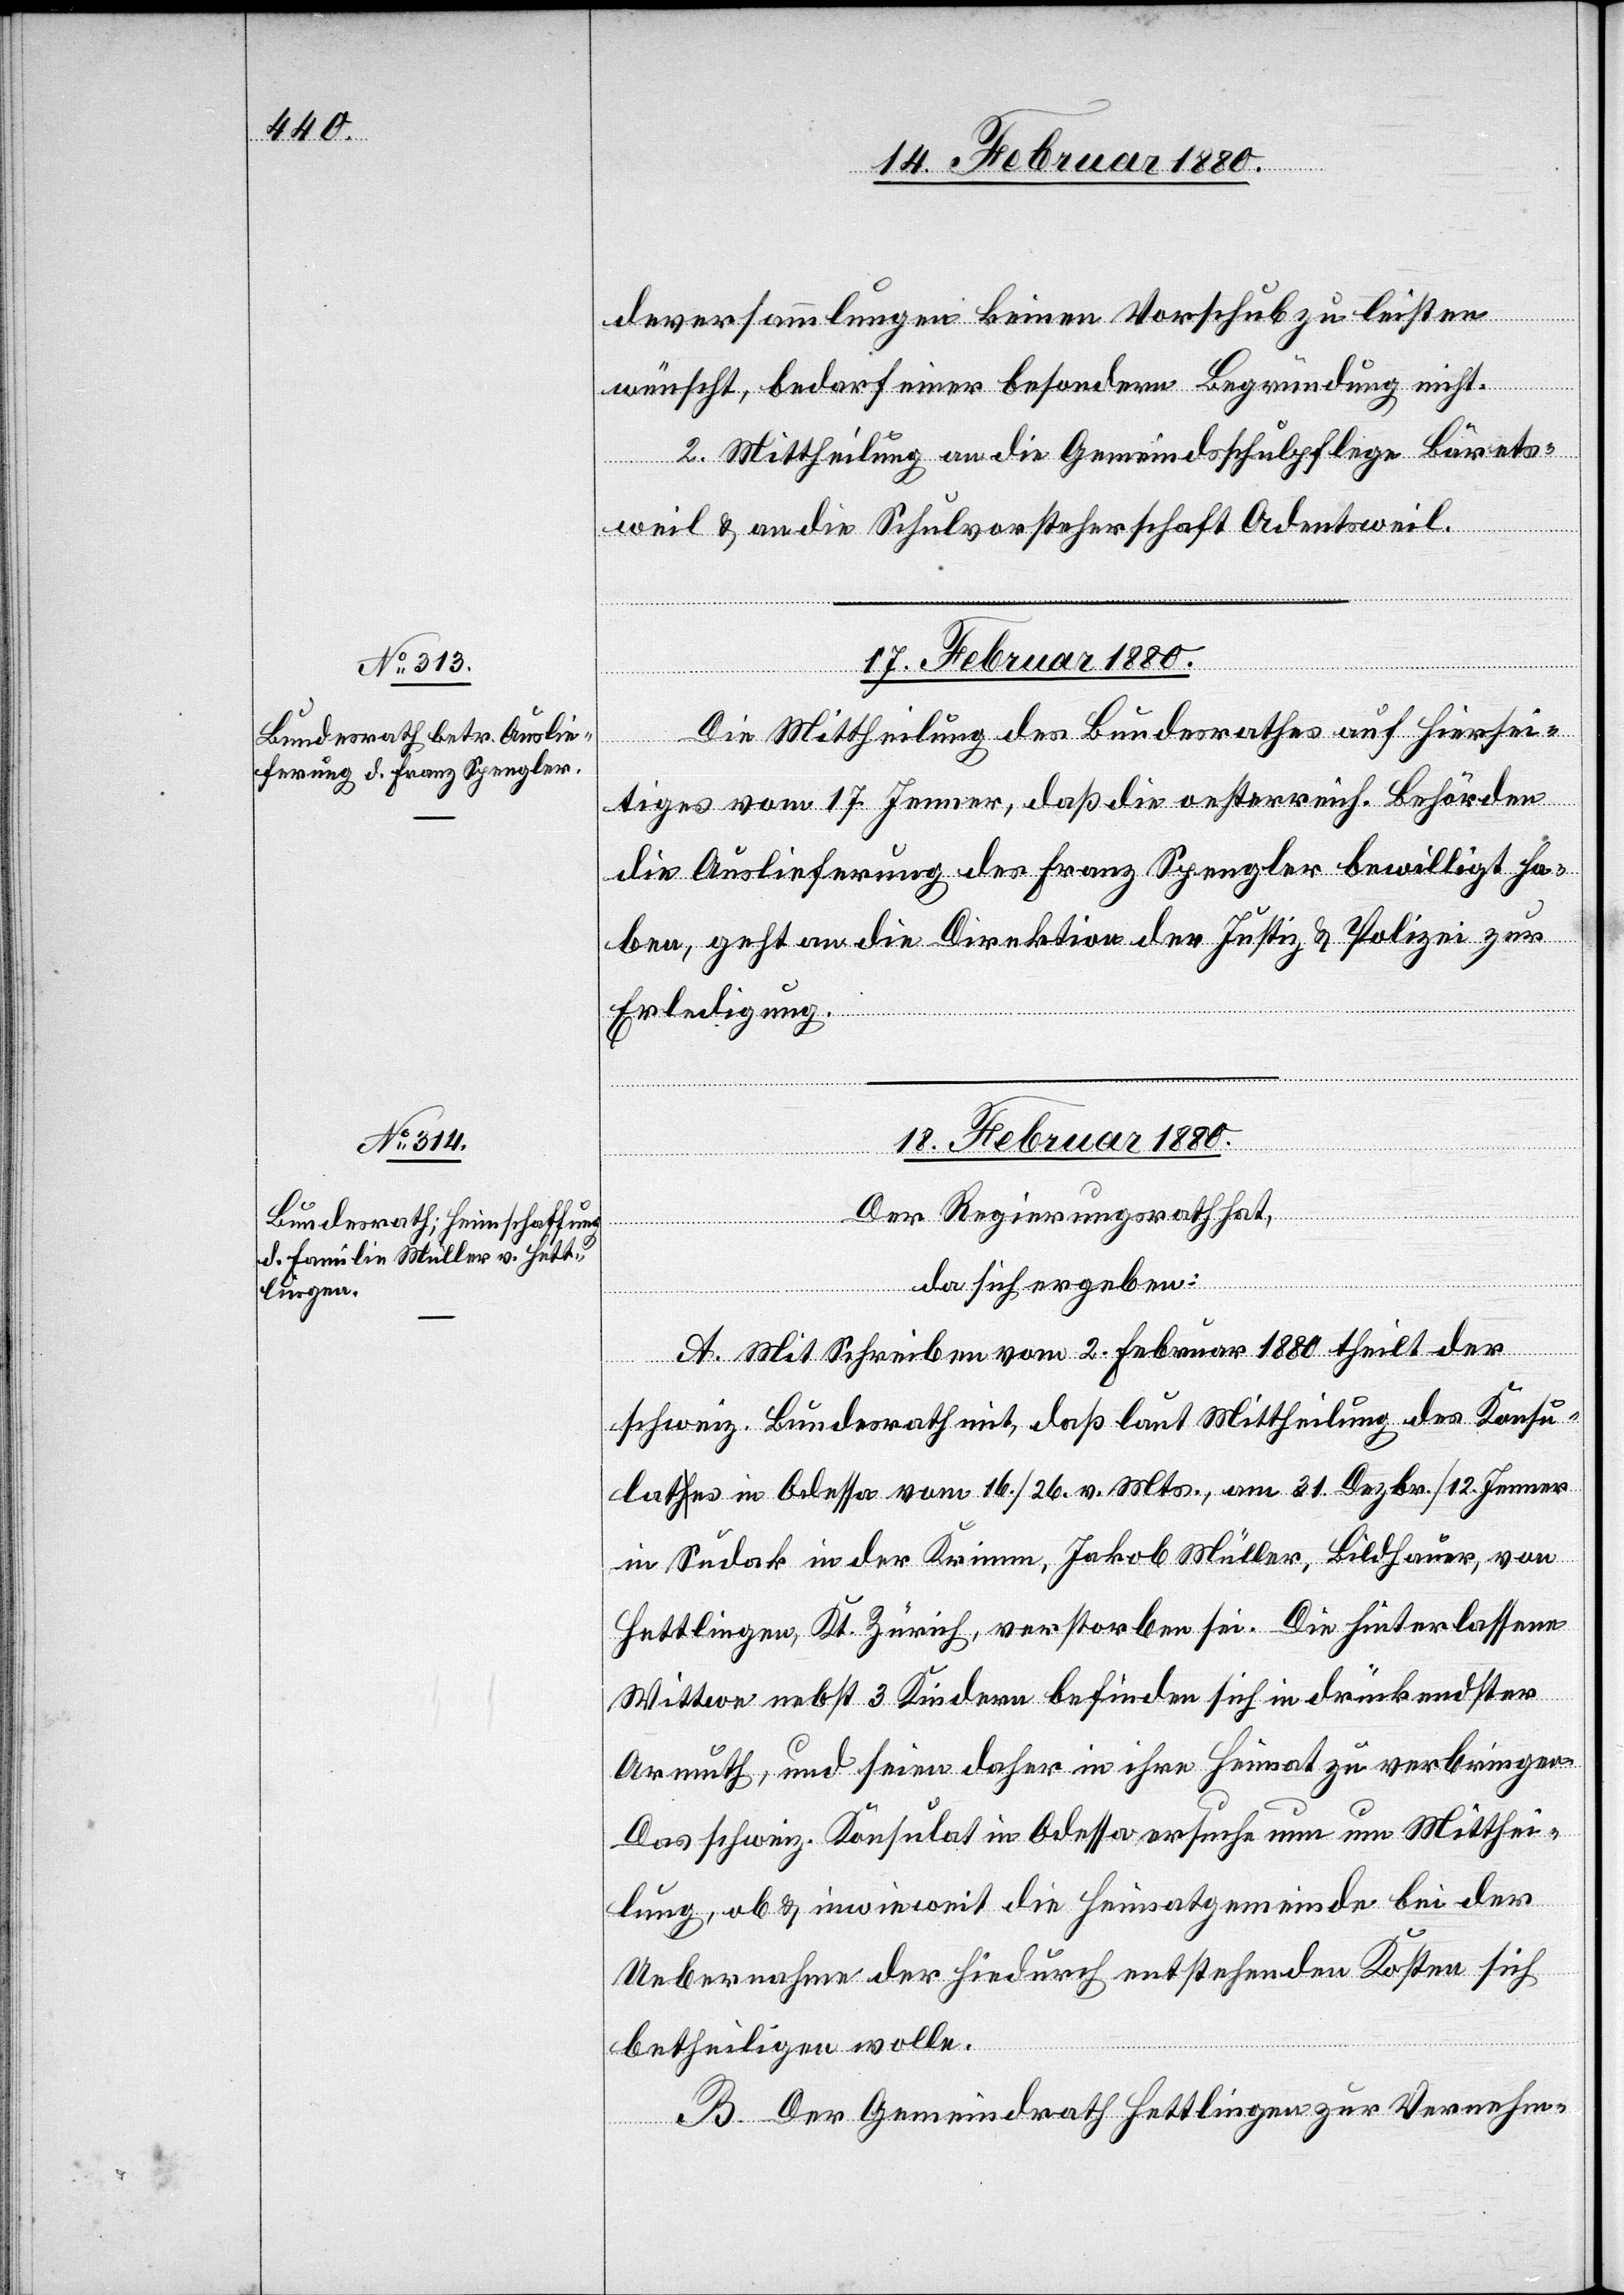
gungen]

deversammlungen keinen Vorschub zu leisten
wünscht, bedarf einer besondern Begründung nicht.
2. Mittheilung an die Gemeindsschulpflege Bärets¬
weil & an die Schulvorsteherschaft Adetsweil.
17. Februar 1880.
Die Mittheilung des Bundesrathes auf hiersei¬
ial-Verfü¬
tiges vom 17. Jenner, daß die oesterreich. Behörden
die Auslieferung des Franz Spengler bewilligt ha¬
ben, geht an die Direktion der Justiz & Polizei zur
Erledigung.
18. Februar 1880.
Der Regierungsrath hat,
da sich ergeben:
A. Mit Schreiben vom 2. Februar 1880 theilt der
schweiz. Bundesrath mit, daß laut Mittheilung des Konsu¬
lates in Odessa vom 16. / 26. v. Mts., am 31. Dezbr. / 12. Jenner
in Sudok in der Krimm, Jakob Müller, Bildhauer, von
Hettlingen, Kt. Zürich, verstorben sei. Die Hinterlassene
Wittwe nebst 3 Kindern befinden sich in drückendster
Armuth, und seien daher in ihre Heimat zu verbringen.
Das schweiz. Konsulat in Odessa ersuche nun um Mitthei¬
lung, ob & inwieweit die Heimatgemeinde bei der
Uebernahme der hiedurch entstehenden Kosten sich
betheiligen wolle.
B. Der Gemeindrath Hettlingen zur Vernehm-